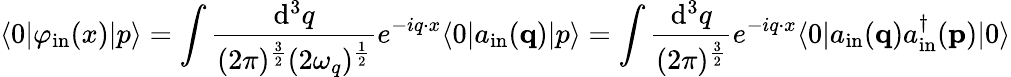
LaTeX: \langle 0|\varphi_{\mathrm{in}}(x)|p\rangle=\int{\frac{\mathrm{d}^{3}q}{(2\pi)^{\frac{3}{2}}(2\omega_{q})^{\frac{1}{2}}}}e^{-iq\cdot x}\langle 0|a_{\mathrm{in}}(\mathbf{q})|p\rangle=\int{\frac{\mathrm{d}^{3}q}{(2\pi)^{\frac{3}{2}}}}e^{-iq\cdot x}\langle 0|a_{\mathrm{in}}(\mathbf{q})a_{\mathrm{in}}^{\dagger}(\mathbf{p})|0\rangle